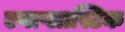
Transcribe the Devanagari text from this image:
एनाप्लास्टिक